Document type: Sale
Year: 1275
Scribe: Salvador de Baiona
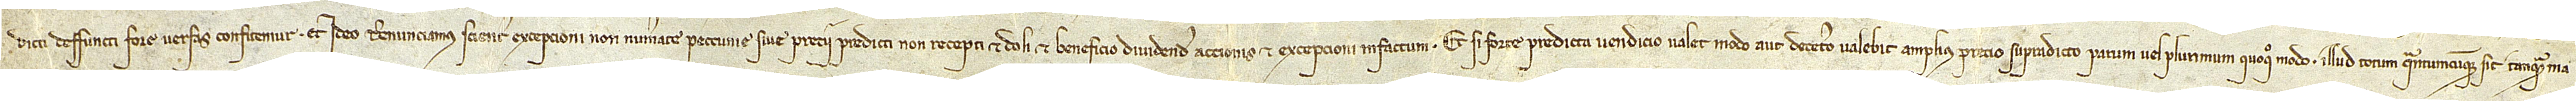
dicti deffuncti fore versas confitemur. Et ideo renunciamus scienter excepcioni non numerate peccunie sive precii predicti non recepti, et doli, et beneficio dividende accionis, et excepcioni infactum. Et si forte predicta vendicio valet modo aut decetero valebit amplius precio supradicto pareum vel plurimum quoquo modo, illud totum quantumcumque sit tanquam ma-